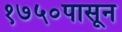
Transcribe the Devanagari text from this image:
१७५०पासून